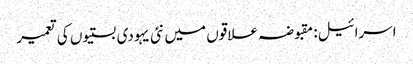
اسرائیل: مقبوضہ علاقوں میں نئی یہودی بستیوں کی تعمیر